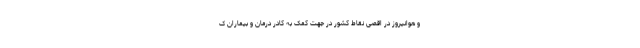
و هوانیروز در اقصی نقاط کشور در جهت کمک به کادر درمان و بیماران ک